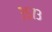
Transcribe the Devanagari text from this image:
३५७३